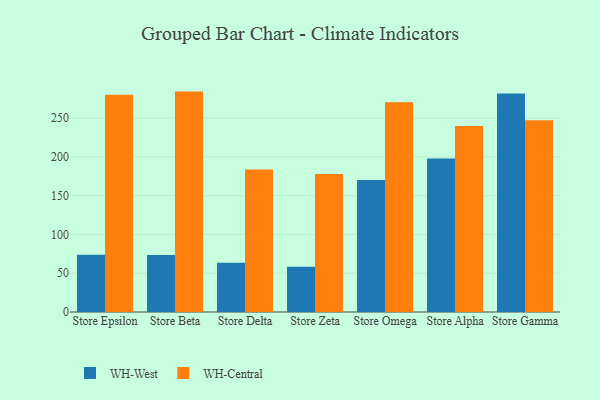
{"axis": {"x": "Store", "y": "Energy Usage (MWh)"}, "legend": ["WH-Central", "WH-West"], "data": [{"x": "Store Epsilon", "y": 73.7, "type": "WH-West"}, {"x": "Store Epsilon", "y": 280.1, "type": "WH-Central"}, {"x": "Store Beta", "y": 73.5, "type": "WH-West"}, {"x": "Store Beta", "y": 284.2, "type": "WH-Central"}, {"x": "Store Delta", "y": 63.4, "type": "WH-West"}, {"x": "Store Delta", "y": 183.8, "type": "WH-Central"}, {"x": "Store Zeta", "y": 58.4, "type": "WH-West"}, {"x": "Store Zeta", "y": 178.1, "type": "WH-Central"}, {"x": "Store Omega", "y": 170.3, "type": "WH-West"}, {"x": "Store Omega", "y": 270.4, "type": "WH-Central"}, {"x": "Store Alpha", "y": 197.8, "type": "WH-West"}, {"x": "Store Alpha", "y": 239.8, "type": "WH-Central"}, {"x": "Store Gamma", "y": 281.7, "type": "WH-West"}, {"x": "Store Gamma", "y": 247.2, "type": "WH-Central"}]}